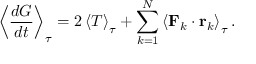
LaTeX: \left\langle { \frac { d G } { d t } } \right\rangle _ { \tau } = 2 \left\langle T \right\rangle _ { \tau } + \sum _ { k = 1 } ^ { N } \left\langle \mathbf { F } _ { k } \cdot \mathbf { r } _ { k } \right\rangle _ { \tau } .